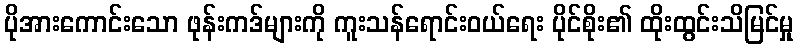
ပိုအားကောင်းသော ဖုန်းကဒ်များကို ကူးသန်ရောင်းဝယ်ရေး ပိုင်စိုး၏ ထိုးထွင်းသိမြင်မှု